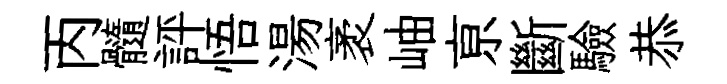
丙髓評悟湯袤岫亰斷驗恭